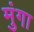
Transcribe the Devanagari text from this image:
मुंगा